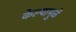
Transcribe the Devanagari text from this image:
केल्यामुळें